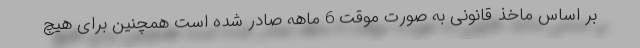
بر اساس ماخذ قانونی به صورت موقت 6 ماهه صادر شده است همچنین برای هیچ